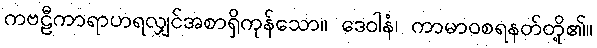
ကဗဠီကာရာဟရလျှင်အစာရှိကုန်သော။ ဒေဝါနံ၊ ကာမာဝစရနတ်တို့၏။